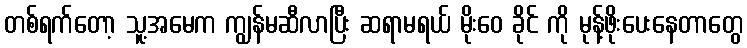
တစ်ရက်တော့ သူ့အမေက ကျွန်မဆီလာပြီး ဆရာမရယ် မိုးဝေ ခိုင် ကို မုန့်ဖိုးပေးနေတာတွေ